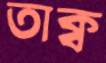
তাক্ব